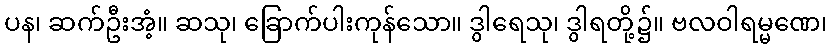
ပန၊ ဆက်ဦးအံ့။ ဆသု၊ ခြောက်ပါးကုန်သော။ ဒွါရေသု၊ ဒွါရတို့၌။ ဗလဝါရမ္မဏေ၊